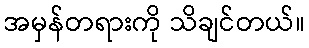
အမှန်တရားကို သိချင်တယ်။